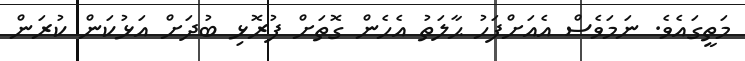
މަތީގައެވެ. ނަމަވެސް އެއަށްފަހު ޙާލަތު އެހެން ގޮތަށް ފުރޮޅި ބުދަށް އަޅުކަން ކުރަން